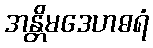
အန္တိမဒေဟဓရံ